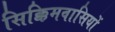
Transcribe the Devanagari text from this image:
सिक्किमवासियों